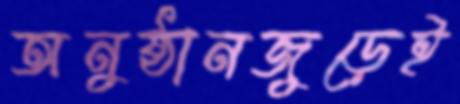
অনুষ্ঠানজুড়েই